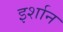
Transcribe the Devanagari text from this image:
इर्शान